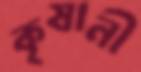
কৃষানী